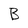
Character: B